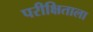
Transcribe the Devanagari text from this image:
परीक्षिताला